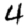
Digit: 4